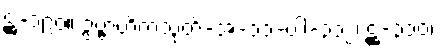
ဋ္ဌ-၁၉၀။ ဥဗ္ဗာဟိကသုတ်-အံ-၁၁-ပါ-၃၁၂၊ ဋ္ဌ-၃၁၀၊